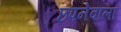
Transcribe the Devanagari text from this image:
छपनेवाला